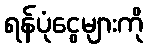
ရန်ပုံငွေများကို